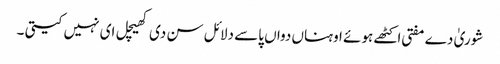
شوریٰ دے مفتی اکٹھے ہوئے اوہناں دواں پاسے دلائل سن دی کھیچل ای نہیں کیتی ۔